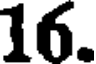
16.